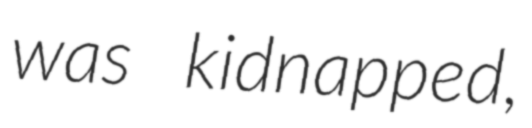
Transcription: was kidnapped,